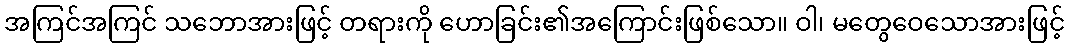
အကြင်အကြင် သဘောအားဖြင့် တရားကို ဟောခြင်း၏အကြောင်းဖြစ်သော။ ဝါ၊ မတွေဝေသောအားဖြင့်